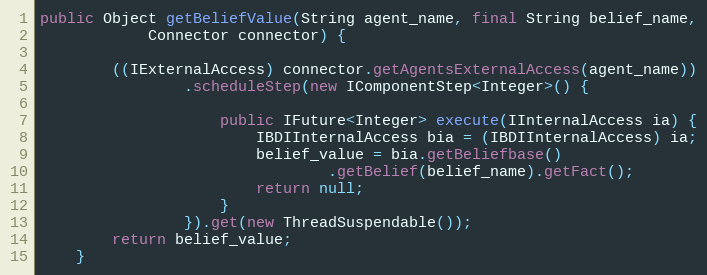
Language: Java
public Object getBeliefValue(String agent_name, final String belief_name,
            Connector connector) {

        ((IExternalAccess) connector.getAgentsExternalAccess(agent_name))
                .scheduleStep(new IComponentStep<Integer>() {

                    public IFuture<Integer> execute(IInternalAccess ia) {
                        IBDIInternalAccess bia = (IBDIInternalAccess) ia;
                        belief_value = bia.getBeliefbase()
                                .getBelief(belief_name).getFact();
                        return null;
                    }
                }).get(new ThreadSuspendable());
        return belief_value;
    }